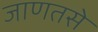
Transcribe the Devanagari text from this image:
जाणतसे